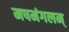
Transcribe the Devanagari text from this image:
मषमंगलम्